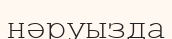
нәруызда